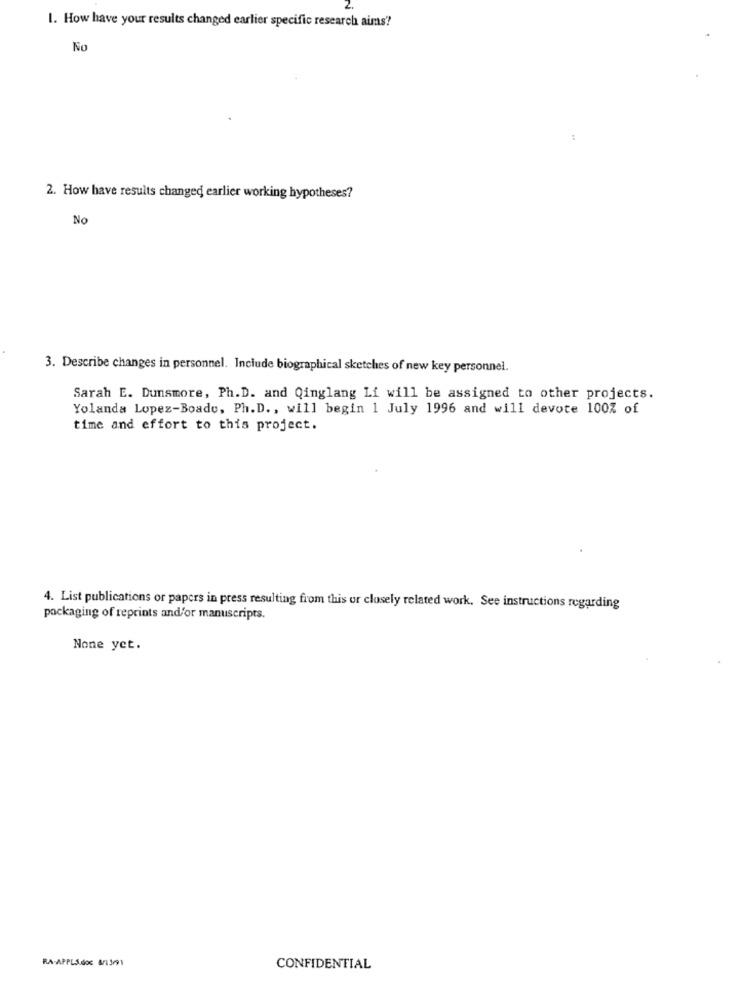
1. How have your results changed earlier specific research aims?
No
2. How have results changed earlier working hypotheses?
No
3. Describe changes in personnel. Include biographical sketches of new key personnel.
Sarah E. Dunsmore, Ph.D. and Qinglang Li will be assigned to other projects.
Yolanda Lopez-Boade, Ph.D ., will begin 1 July 1996 and will devote 100% of
time and effort to this project.
4. List publications or papers in press resulting from this or closely related work. See instructions regarding
packaging of reprints and/or manuscripts.
None yet.
RA-APPLJ.doc 8/13/91
CONFIDENTIAL